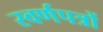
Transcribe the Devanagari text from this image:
स्वर्णपत्रों